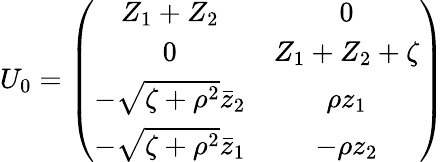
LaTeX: U_{0}=\left(\begin{array}{cc}{{Z_{1}+Z_{2}}}&{{0}}\\ {{0}}&{{Z_{1}+Z_{2}+\zeta}}\\ {{-\sqrt{\zeta+\rho^{2}}\bar{z}_{2}}}&{{\rho z_{1}}}\\ {{-\sqrt{\zeta+\rho^{2}}\bar{z}_{1}}}&{{-\rho z_{2}}}\end{array}\right)